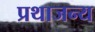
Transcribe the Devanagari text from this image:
प्रथाजन्य